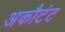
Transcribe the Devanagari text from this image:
अकौटंट